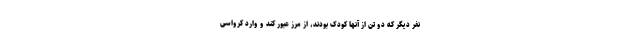
نفر دیگر که دو تن از آنها کودک بودند، از مرز عبور کند و وارد کرواسی